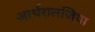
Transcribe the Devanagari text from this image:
आर्थरालजिया